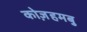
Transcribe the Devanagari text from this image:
कोज़हमबु